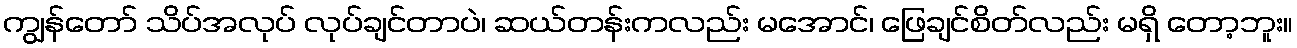
ကျွန်တော် သိပ်အလုပ် လုပ်ချင်တာပဲ၊ ဆယ်တန်းကလည်း မအောင်၊ ဖြေချင်စိတ်လည်း မရှိ တော့ဘူး။